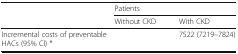
<table><thead><tr><td rowspan="2">[EMPTY_CELL]</td><td colspan="2"><b>Patients</b></td></tr><tr><td><b>Without CKD</b></td><td><b>With CKD</b></td></tr></thead><tbody><tr><td>Incremental costs of preventable HACs (95% CI) *</td><td>[EMPTY_CELL]</td><td>7522 (7219–7824)</td></tr></tbody></table>